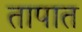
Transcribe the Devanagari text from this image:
तापात